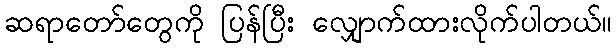
ဆရာတော်တွေကို ပြန်ပြီး လျှောက်ထားလိုက်ပါတယ်။